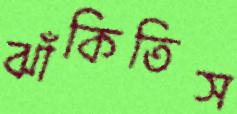
ঝাঁকিতিস